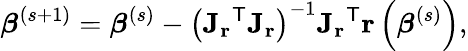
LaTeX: {\boldsymbol{\beta}}^{(s+1)}={\boldsymbol{\beta}}^{(s)}-\left(\mathbf{J_{r}}^{\mathsf{T}}\mathbf{J_{r}}\right)^{-1}\mathbf{J_{r}}^{\mathsf{T}}\mathbf{r}\left({\boldsymbol{\beta}}^{(s)}\right),